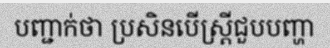
បញ្ជាក់ថា ប្រសិនបើស្ត្រីជួបបញ្ហា